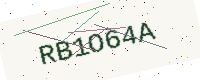
Text: RB1O64A